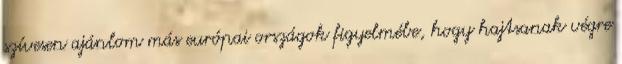
szívesen ajánlom más európai országok figyelmébe, hogy hajtsanak végre